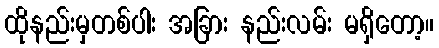
ထိုနည်းမှတစ်ပါး အခြား နည်းလမ်း မရှိတော့။